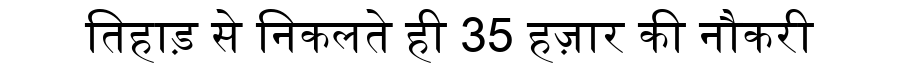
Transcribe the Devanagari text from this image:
तिहाड़ से निकलते ही 35 हज़ार की नौकरी